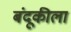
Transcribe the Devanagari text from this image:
बंदूकीला